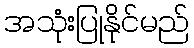
အသုံးပြုနိုင်မည်